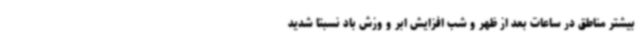
بیشتر مناطق در ساعات بعد از ظهر و شب افزایش ابر و وزش باد نسبتا شدید